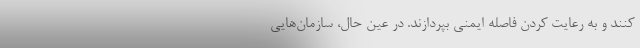
کنند و به رعایت کردن فاصله ایمنی بپردازند. در عین حال، سازمان‌هایی